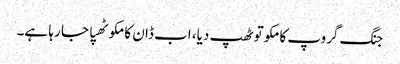
جنگ گروپ کا مکو تو ٹھپ دیا، اب ڈان کا مکو ٹھپا جا رہا ہے۔